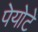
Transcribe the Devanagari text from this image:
पेयोटे